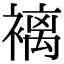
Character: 褵